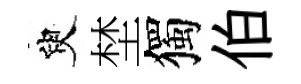
臾埜獨伯